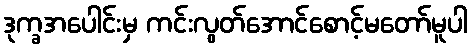
ဒုက္ခအပေါင်းမှ ကင်းလွတ်အောင်စောင့်မတော်မူပါ